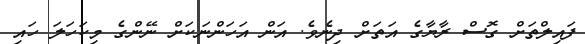
ފައިލްތަށް ގޮސް ރާޔާގެ އަތަށް ދިނެވެ. އަން އަހަންނަކަށް ނޭންގެ މިކަހަލަ ހައި